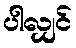
ပါလျှင်